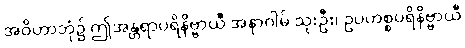
အဝိဟာဘုံ၌ ဤအန္တရာပရိနိဗ္ဗာယီ အနာဂါမ် သုးဦး၊ ဥပဟစ္စပရိနိဗ္ဗာယီ